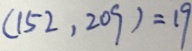
( 1 5 2 , 2 0 9 ) = 1 9